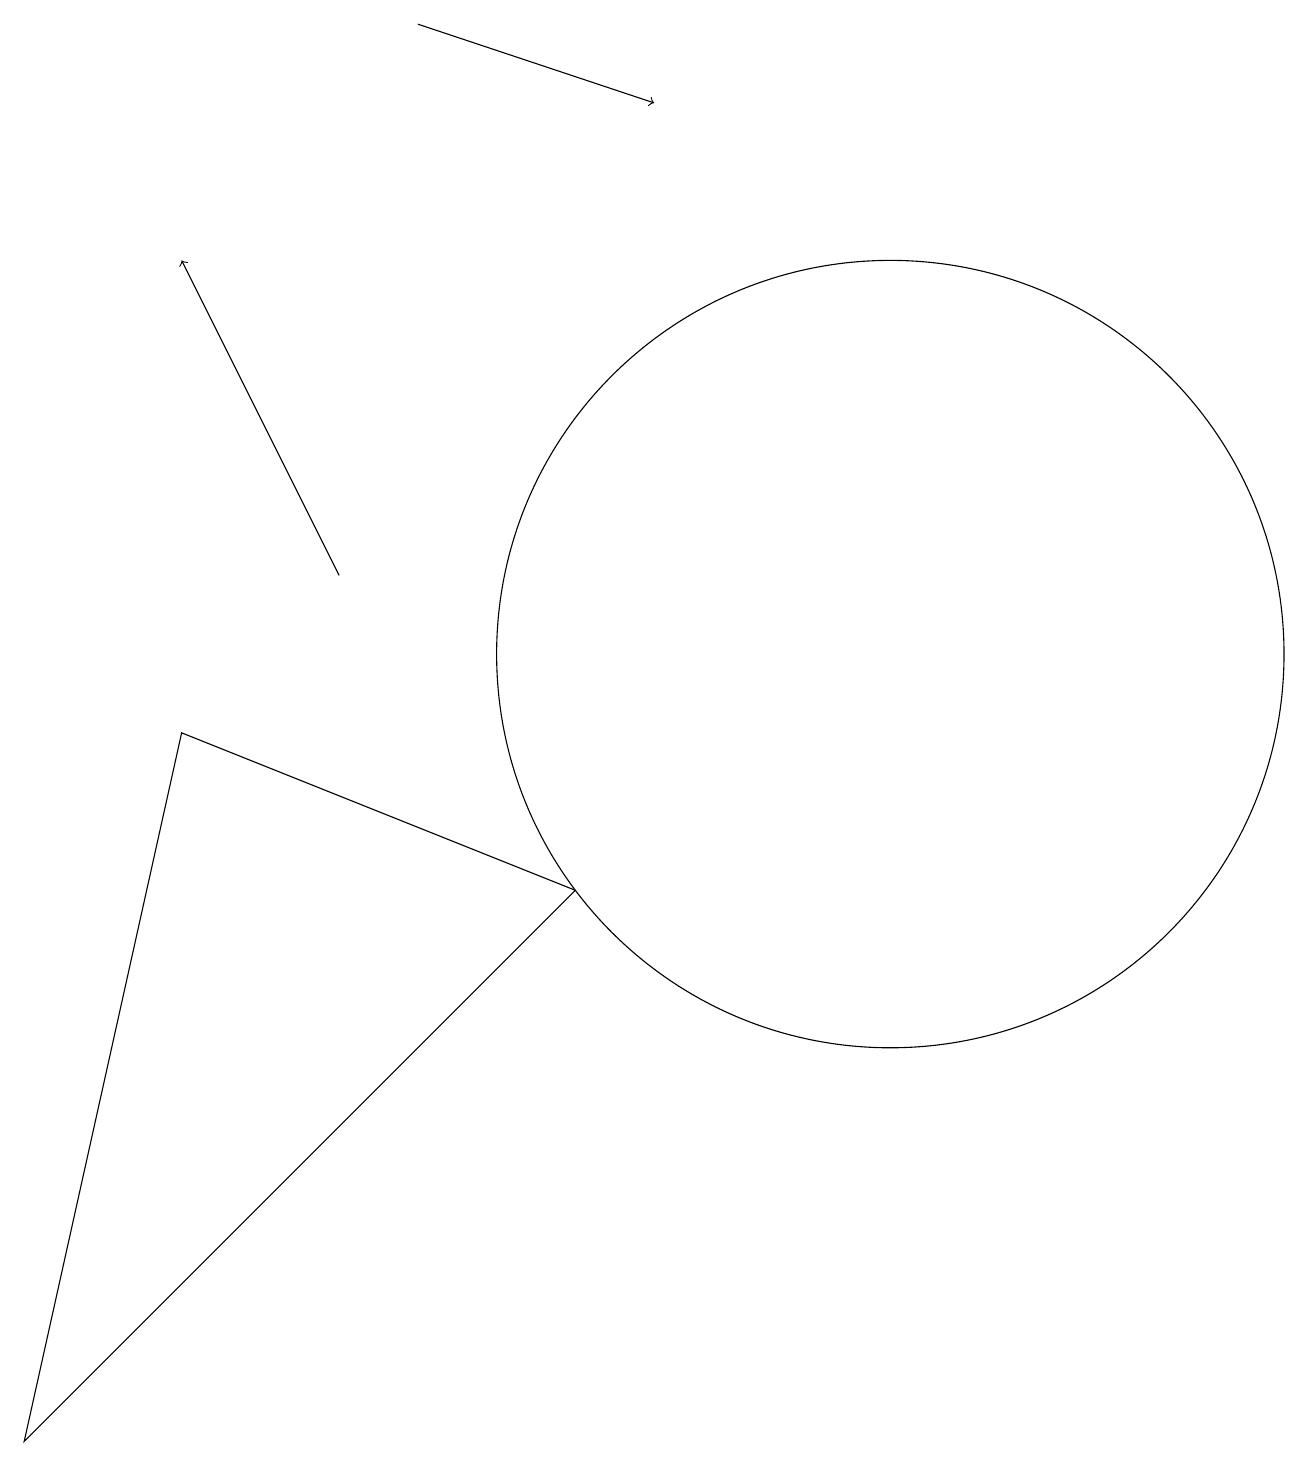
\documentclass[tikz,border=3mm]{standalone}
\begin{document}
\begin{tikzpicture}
\draw[->] (4,11) -- (2,15);
\draw (7,7) -- (0,0) -- (2,9) -- cycle;
\draw (12,12) circle (0);
\draw (11,10) circle (5);
\draw[->] (5,18) -- (8,17);
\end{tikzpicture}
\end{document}